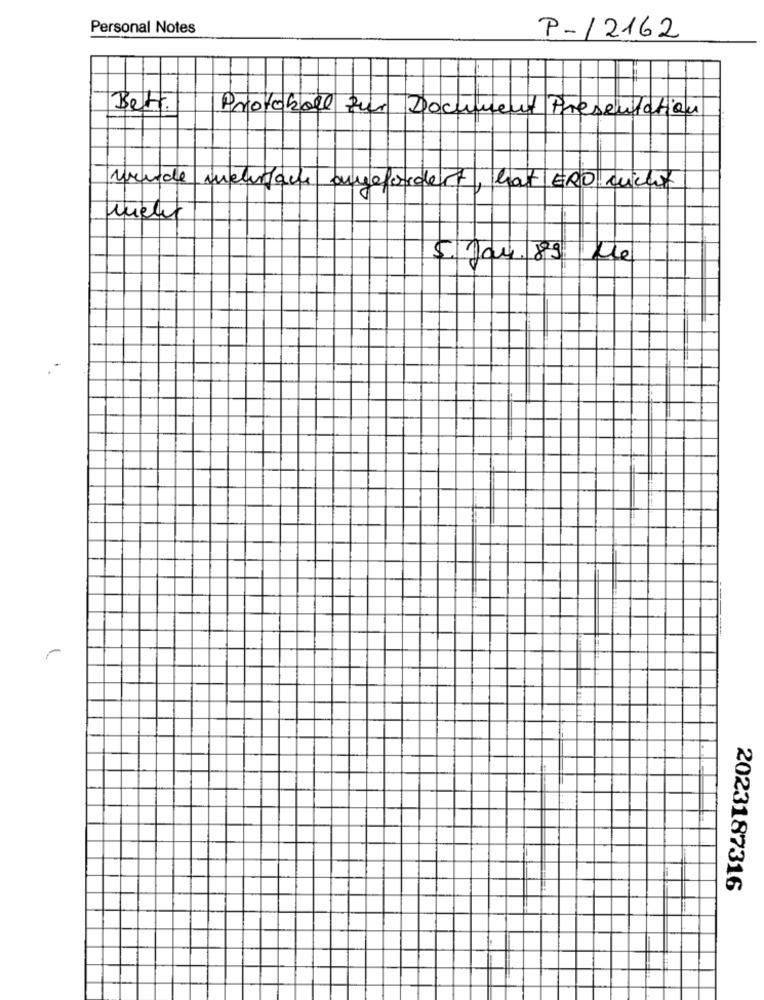
Personal Notes
P-/2162
Bet.
Protokoll zur Document Presentation
wurde incurran angefordert , hat ERD nicht
$. Jan. 85 Le
2023187316